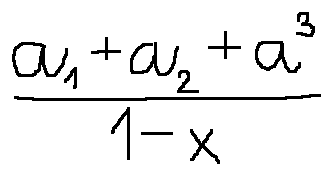
\frac { a _ { 1 } + a _ { 2 } + a ^ { 3 } } { 1 - x }